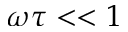
\omega \tau < < 1